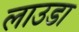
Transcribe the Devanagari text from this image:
लाउडा